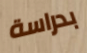
بدراسة